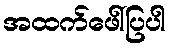
အထက်ဖေါ်ပြပါ